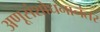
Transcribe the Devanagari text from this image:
अणूसंशोधनानंतर